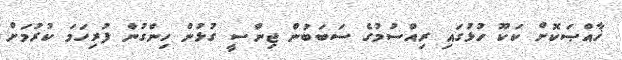
ޚާއްޞަކޮށް ކަކޫ ހުޅުގައި ރިއްސުމުގެ ސަބަބުން ޖިންސީ ގުޅުން ހިންގުން ފުރިހަމަ ކުރުމަށް